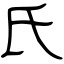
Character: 氏